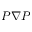
P \nabla P